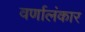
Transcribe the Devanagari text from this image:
वर्णालंकार